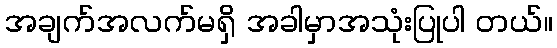
အချက်အလက်မရှိ အခါမှာအသုံးပြုပါ တယ်။